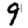
Digit: 9